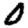
Digit: 0